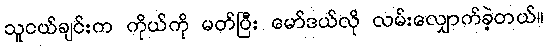
သူငယ်ချင်းက ကိုယ်ကို မတ်ပြီး မော်ဒယ်လို လမ်းလျှောက်ခဲ့တယ်။